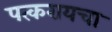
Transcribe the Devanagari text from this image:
पत्करायचा